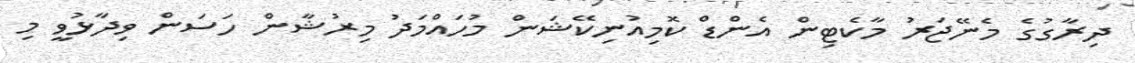
ދިރާގުގެ މެނޭޖަރު މާކެޓިން އެންޑް ކޮމިއުނިކޭޝަން މުހައްމަދު މިރުޝާން ހަސަން ވިދާޅުވީ މި